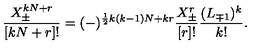
\frac { X _ { \pm } ^ { k N + r } } { [ k N + r ] ! } = ( - ) ^ { \frac { 1 } { 2 } k ( k - 1 ) N + k r } \frac { X _ { \pm } ^ { r } } { [ r ] ! } \frac { ( L _ { \mp 1 } ) ^ { k } } { k ! } .